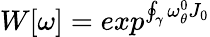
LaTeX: W[\omega]=exp^{\oint_{\gamma}\omega_{\theta}^{0}J_{0}}